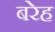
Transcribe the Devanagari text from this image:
बरेह